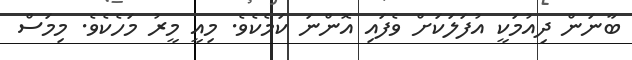
ބާނަން ދިއުމަކީ އުފަލަކަށް ވެފައި އޮންނަ ކަމެކެވެ. މިއީ މީރު މަހެކެވެ. މިމަސް